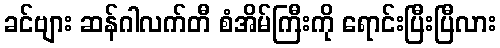
ခင်ဗျား ဆန်ဂါလက်တီ စံအိမ်ကြီးကို ရောင်းပြီးပြီလား